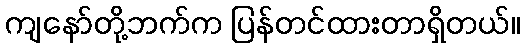
ကျနော်တို့ဘက်က ပြန်တင်ထားတာရှိတယ်။